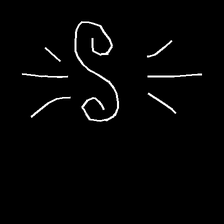
Glyph: wind-directs-air